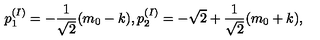
p _ { 1 } ^ { ( I ) } = - \frac { 1 } { \sqrt { 2 } } ( m _ { 0 } - k ) , p _ { 2 } ^ { ( I ) } = - \sqrt { 2 } + \frac { 1 } { \sqrt { 2 } } ( m _ { 0 } + k ) ,